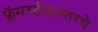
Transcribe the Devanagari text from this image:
फ्लॅमस्टीडनंतरचे